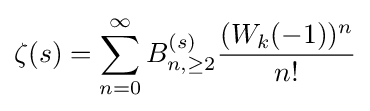
\zeta (s)=\sum _{n=0}^{\infty }B_{n,\geq 2}^{(s)}{\frac {(W_{k}(-1))^{n}}{n!}}